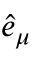
{ \hat { e } _ { \mu } }